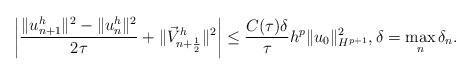
LaTeX: \begin{align*} \left |\frac{\|u^h_{n+1}\|^2 - \|u^h_n\|^2}{2 \tau } + \|\vec{V}^h_{n+\frac{1}{2}}\|^2\right | \leq \frac{C(\tau)\delta}{\tau} h^p\|u_0\|_{H^{p+1}}^2, \delta = \max_n\delta_n. \end{align*}